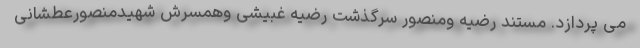
می پردازد. مستند رضیه ومنصور سرگذشت رضیه غبیشی وهمسرش شهیدمنصورعطشانی